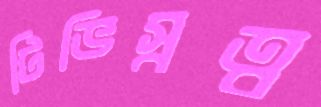
টিভিস্বত্ব